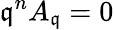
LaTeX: {\mathfrak{q}}^{n}A_{\mathfrak{q}}=0